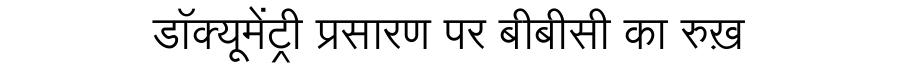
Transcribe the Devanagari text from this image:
डाॅक्यूमेंट्री प्रसारण पर बीबीसी का रुख़